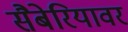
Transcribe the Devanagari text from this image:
सैबेरियावर